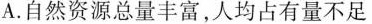
A.自然资源总量丰富，人均占有量不足